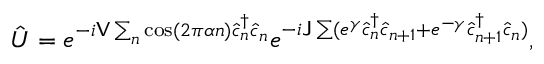
\hat { U } = e ^ { - i \mathsf { V } \sum _ { n } \cos ( 2 \pi \alpha n ) \hat { c } _ { n } ^ { \dagger } \hat { c } _ { n } } e ^ { - i \mathsf { J } \sum ( e ^ { \gamma } \hat { c } _ { n } ^ { \dagger } \hat { c } _ { n + 1 } + e ^ { - \gamma } \hat { c } _ { n + 1 } ^ { \dagger } \hat { c } _ { n } ) } ,